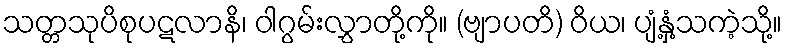
သတ္တသုပိစုပဋလာနိ၊ ဝါဂွမ်းလွှာတို့ကို။ (ဗျာပတိ) ဝိယ၊ ပျံ့နှံ့သကဲ့သို့။